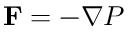
\mathbf { F } = - \nabla P